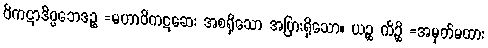
ဝိကဋာဒိပ္ပဘေဒဉ္စ =မဟာဝိကဋဆေး အစရှိသော အပြားရှိသော။ ယဉ္စ ကိဉ္စိ =အမှတ်မထား